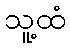
သူ့ထံ